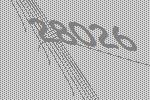
28026